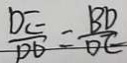
\frac { D E } { P D } = \frac { B D } { D E }